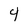
Character: 4